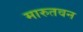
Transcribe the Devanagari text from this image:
मारुतवन